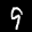
Label: 9